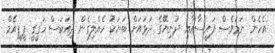
އެހެން ނަމަވެސް ފައިސާއާއި ދުނިޔޭގެ ދަޅައަށް ބަޔަކު ހެއްލިގެން ދިއަކަސް ހަގީގީ ޕީޕީއެމް